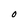
Character: O